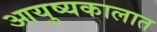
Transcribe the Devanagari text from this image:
आयुष्यकालात